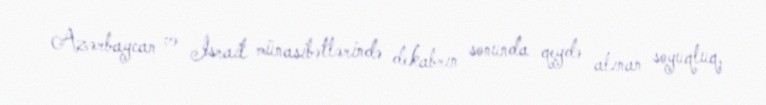
Azərbaycan və İsrail münasibətlərində dekabrın sonunda qeydə alınan soyuqluq,